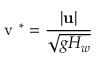
\mathrm { ~ v ~ } ^ { * } = \frac { \vert \mathbf { u } \vert } { \sqrt { g H _ { w } } }